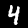
Digit: 4